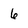
Character: 6